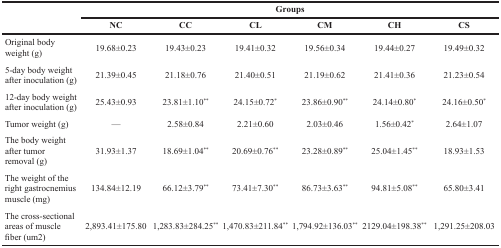
<table><thead><tr><td rowspan="2"></td><td colspan="6"><b>Groups</b></td></tr><tr><td><b>NC</b></td><td><b>CC</b></td><td><b>CL</b></td><td><b>CM</b></td><td><b>CH</b></td><td><b>CS</b></td></tr></thead><tbody><tr><td>Original body weight (g)</td><td>19.68±0.23</td><td>19.43±0.23</td><td>19.41±0.32</td><td>19.56±0.34</td><td>19.44±0.27</td><td>19.49±0.32</td></tr><tr><td>5-day body weight after inoculation (g)</td><td>21.39±0.45</td><td>21.18±0.76</td><td>21.40±0.51</td><td>21.19±0.62</td><td>21.41±0.36</td><td>21.23±0.54</td></tr><tr><td>12-day body weight after inoculation (g)</td><td>25.43±0.93</td><td>23.81±1.10<sup>*</sup></td><td>24.15±0.72*</td><td>23.86±0.90<sup>*</sup></td><td>24.14±0.80*</td><td>24.16±0.50*</td></tr><tr><td>Tumor weight (g)</td><td>—</td><td>2.58±0.84</td><td>2.21±0.60</td><td>2.03±0.46</td><td>1.56±0.42*</td><td>2.64±1.07</td></tr><tr><td>The body weight after tumor removal (g)</td><td>31.93±1.37</td><td>18.69±1.04<sup>*</sup></td><td>20.69±0.76<sup>*</sup></td><td>23.28±0.89<sup>*</sup></td><td>25.04±1.45**</td><td>18.93±1.53</td></tr><tr><td>The weight of the right gastrocnemius muscle (mg)</td><td>134.84±12.19</td><td>66.12±3.79**</td><td>73.41±7.30<sup>*</sup></td><td>86.73±3.63<sup>*</sup></td><td>94.81±5.08**</td><td>65.80±3.41</td></tr><tr><td>The cross-sectional areas of muscle fiber (um2)</td><td>2,893.41±175.80</td><td>1,283.83±284.25<sup>*</sup></td><td>1,470.83±211.84<sup>*</sup></td><td>1,794.92±136.03<sup>*</sup></td><td>2129.04±198.38<sup>*</sup></td><td>1,291.25±208.03</td></tr></tbody></table>